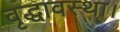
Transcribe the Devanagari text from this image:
वृद्धावस्था।